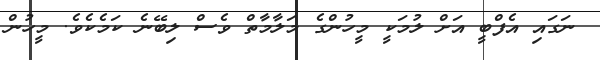
ނަގައި އެފްބީ އަށް ލުމަކީ މީހުންގެ މަލާމާތް ވެސް ލިބޭނެ ކަމެކެވެ. މީހުން